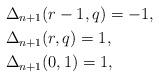
LaTeX: \begin{align*}&\Delta_{n+1}(r-1,q)=-1,&&\\&\Delta_{n+1}(r,q)=1,&&\\&\Delta_{n+1}(0,1)=1,&&\end{align*}